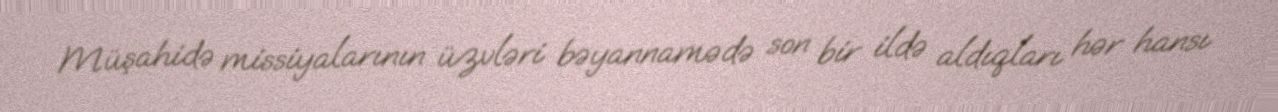
Müşahidə missiyalarının üzvləri bəyannamədə son bir ildə aldıqları hər hansı